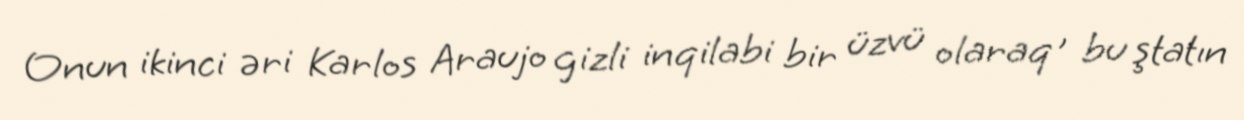
Onun ikinci əri Karlos Araujo gizli inqilabi bir üzvü olaraq , bu ştatın